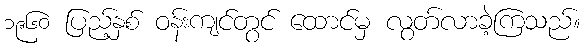
၁၉၆၀ ပြည့်နှစ် ဝန်းကျင်တွင် ထောင်မှ လွတ်လာခဲ့ကြသည်။